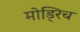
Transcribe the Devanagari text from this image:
मोड्रिच